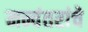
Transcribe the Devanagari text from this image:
मन्वंतरांचे